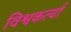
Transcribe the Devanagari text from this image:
विश्वकर्त्या